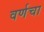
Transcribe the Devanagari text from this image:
वर्णचा